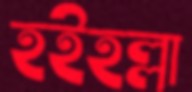
হইহল্লা